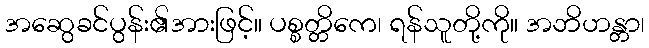
အဆွေခင်ပွန်း၏အားဖြင့်။ ပစ္စတ္တိကေ၊ ရန်သူတို့ကို။ အဘိဟန္တာ၊